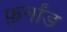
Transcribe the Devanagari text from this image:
फ़र्नांड